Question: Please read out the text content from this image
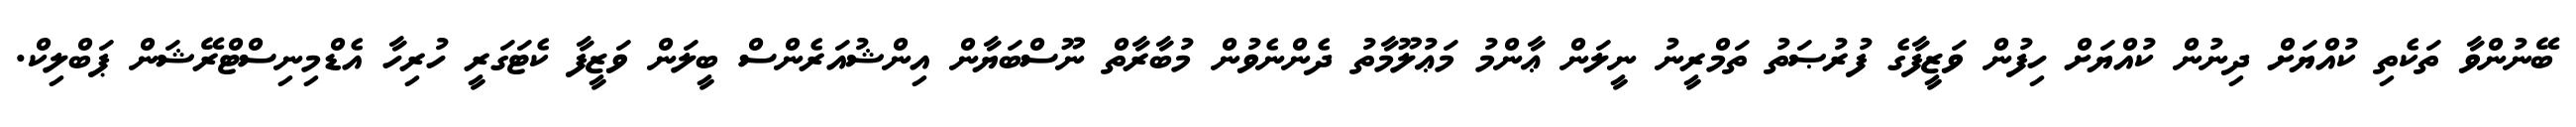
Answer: ބޭނުންވާ ތަކެތި ކުއްޔަށް ދިނުން ކުއްޔަށް ހިފުން ވަޒީފާގެ ފުރުޞަތު ތަމްރީނު ނީލަން ޢާންމު މަޢުލޫމާތު ދެންނެވުން މުބާރާތް ނޫސްބަޔާން އިންޝުއަރެންސް ބީލަން ވަޒީފާ ކެޓަގަރީ ހުރިހާ އެޑްމިނިސްޓްރޭޝަން ޕަބްލިކް.